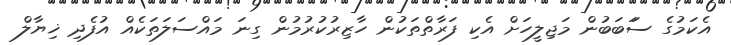
އެކަމުގެ ސަަބަބުން މަޖިލީހަށް އެކި ފަރާތްތަކުން ހާޒިރުކުރުމުން ގިނަ މައްސަލަތަކެއް އުފެދި ޚިޔާލް